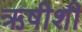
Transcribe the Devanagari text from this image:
ऋषीशी